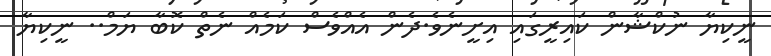
ނީކިޔާ ނުކްޝާން ކައިރީގައި އިށީނެވެ.ދެން އެއްވެސް ކަމެއް ނެތް ކޮބާ ޔަމް.. ނީކިޔާ